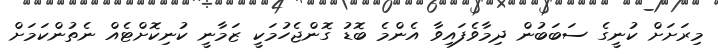
މިރަށަށް ކުނީގެ ސަބަބުން ދިމާވެފައިވާ އެންމެ ބޮޑު ގޮންޖެހުމަކީ ޒަމާނީ ކުނިކޮށްޓެއް ނެތުންކަމަށް